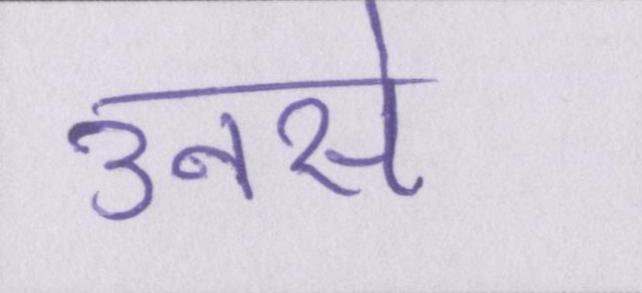
उनसे